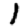
Digit: 1